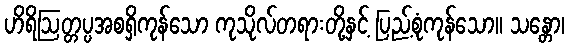
ဟိရိဩတ္တပ္ပအစရှိကုန်သော ကုသိုလ်တရားတို့နှင့် ပြည့်စုံကုန်သော။ သန္တော၊